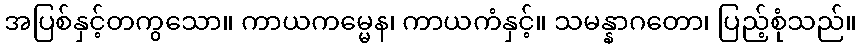
အပြစ်နှင့်တကွသော။ ကာယကမ္မေန၊ ကာယကံနှင့်။ သမန္နာဂတော၊ ပြည့်စုံသည်။